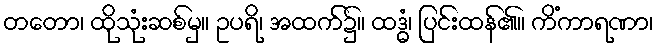
တတော၊ ထိုသုံးဆစ်မှ။ ဥပရိ၊ အထက်၌။ ထဒ္ဓံ၊ ပြင်းထန်၏။ ကိံကာရဏာ၊